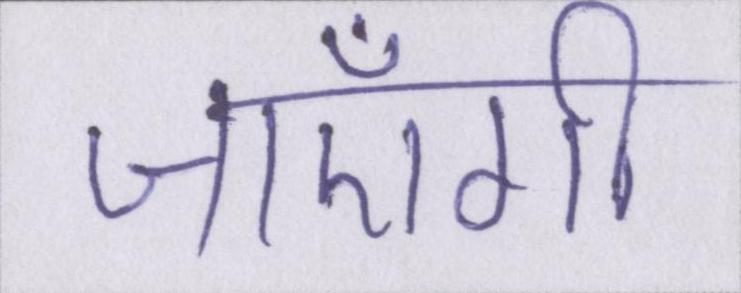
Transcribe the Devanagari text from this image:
जाएँगी